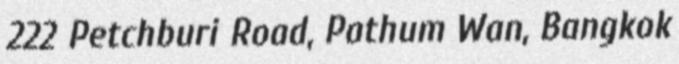
222 Petchburi Road, Pathum Wan, Bangkok